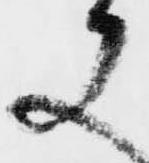
又